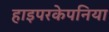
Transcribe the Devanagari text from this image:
हाइपरकेपनिया